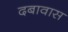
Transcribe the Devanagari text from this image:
दबावास